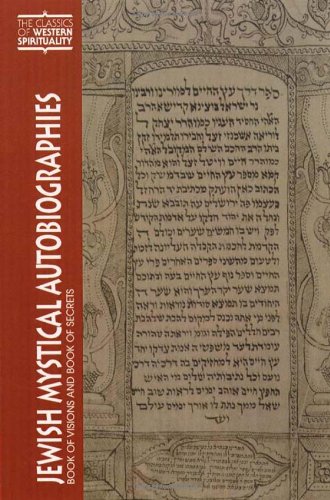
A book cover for Jewish Mystical Autobiographies: The Book of Visions and Megillat Setarim (Classics of Western Spirituality); Hayyim Ben Joseph Vital; Religion & Spirituality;